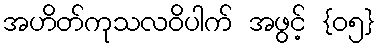
အဟိတ်ကုသလဝိပါက် အဖွင့် {၀၅}